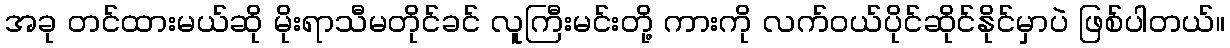
အခု တင်ထားမယ်ဆို မိုးရာသီမတိုင်ခင် လူကြီးမင်းတို့ ကားကို လက်ဝယ်ပိုင်ဆိုင်နိုင်မှာပဲ ဖြစ်ပါတယ်။